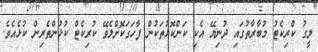
ލީގު ކްރިކެޓު މުބާރާތުގައި ދުނިޔޭ އެކި ކަންކޮޅުތަކުން ފާހަގަކޮށްލެވޭ ކުރިކެޓް ކުޅުންތެރިން ކުޅެއެވެ.